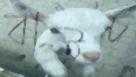
বাইচ